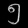
Digit: ၅